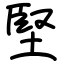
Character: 堅